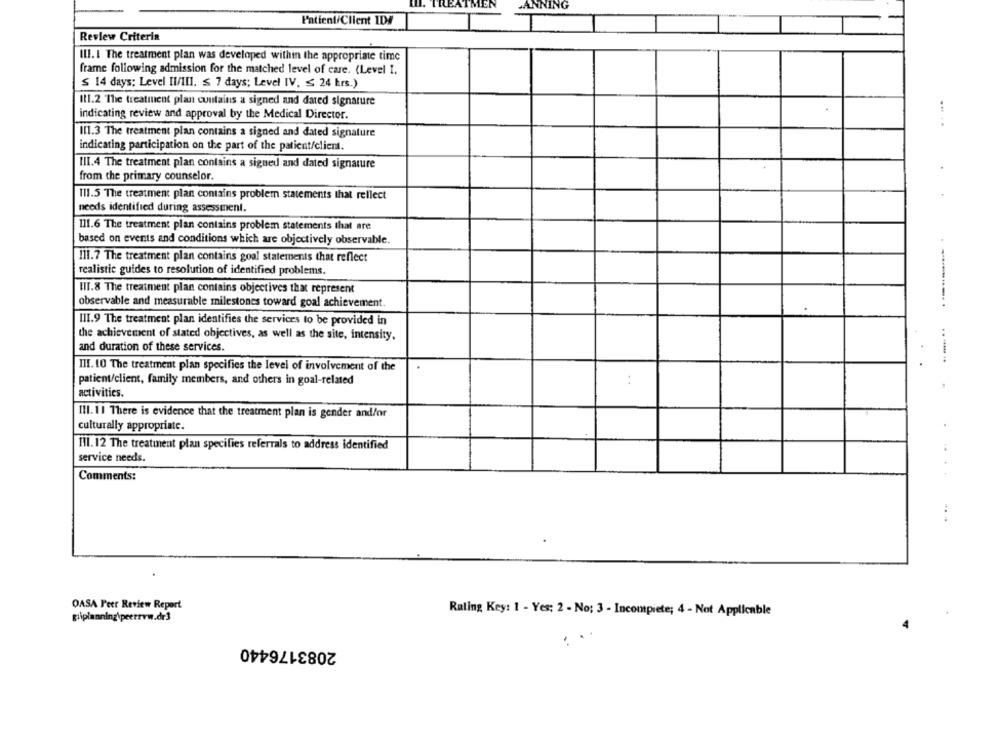
MEN
CANNING
Patient/Client ID#
Review Criteria
ILI. 1 The treatment plan was developed within the appropriate time
frame following admission for the matched level of care. (Level I.
S 14 days: Level II/III. ≤ 7 days; Level IV. ≤ 24 hrs.)
It1.2 The treatment plan contains a signed and dated signature
indicating review and approval by the Medical Director.
.....
Il1.3 The treatment plan contains a signed and dated signature
indicating participation on the part of the patient/client.
III.4 The treatment plan contains a signed and dated signature
from the primary counselor.
111.5 The treatment plan contains problem statements that reflect
needs identified during assessment.
111.6 The treatment plan contains problem statements that are
based on events and conditions which are objectively observable.
111.7 The treatment plan contains goal statements that reflect
realistic guides to resolution of identified problems.
III.8 The treatment plan contains objectives that represent
observable and measurable milestones toward goal achievement.
III.9 The treatment plan identifies the services to be provided in
the achievement of stated objectives, as well as the site, intensity,
and duration of these services.
III. 10 The treatment plan specifies the level of involvement of the
... ..
patient/client, family members, and others in goal-related
activities.
III. 11 There is evidence that the treatment plan is gender and/or
culturally appropriate.
Ill. 12 The treatment plan specifies referrals to address identified
service needs.
Comments:
OASA Peer Review Report
Bilplanning\peerrww.dr3
Rating Key: 1 - Yes: 2 - No: 3 - Incompiete; 4 - Not Applicable
2083176440